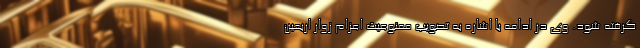
گرفته شود. وی در ادامه با اشاره به تصویب ممنوعیت اعزام زوار اربعین